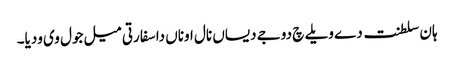
ہان سلطنت دے ویلے چ دوجے دیساں نال اوناں دا سفارتی میل جول وی ودیا۔